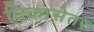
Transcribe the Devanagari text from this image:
विकासेतर